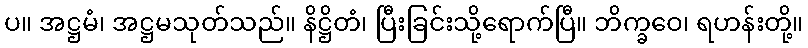
ပ။ အဋ္ဌမံ၊ အဋ္ဌမသုတ်သည်။ နိဋ္ဌိတံ၊ ပြီးခြင်းသို့ရောက်ပြီ။ ဘိက္ခဝေ၊ ရဟန်းတို့။